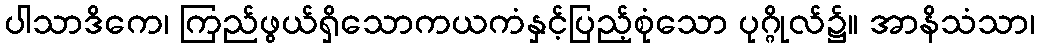
ပါသာဒိကေ၊ ကြည်ဖွယ်ရှိသောကယကံနှင့်ပြည့်စုံသော ပုဂ္ဂိုလ်၌။ အာနိသံသာ၊